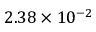
2 . 3 8 \times 1 0 ^ { - 2 }